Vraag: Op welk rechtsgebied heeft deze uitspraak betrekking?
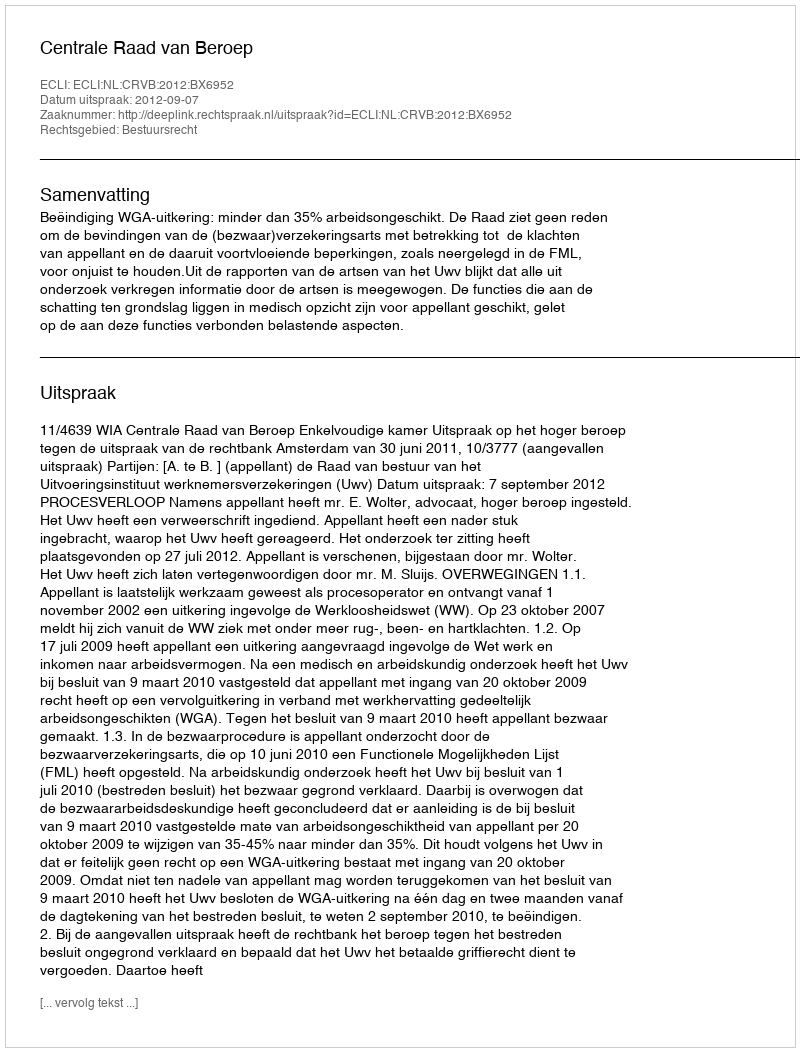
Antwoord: Bestuursrecht